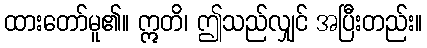
ထားတော်မူ၏။ ဣတိ၊ ဤသည်လျှင် အပြီးတည်း။